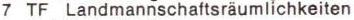
7  TF Landmannschaftsräumlichkeiten